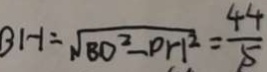
B H = \sqrt { B O ^ { 2 } - P H ^ { 2 } } = \frac { 4 4 } { 5 }